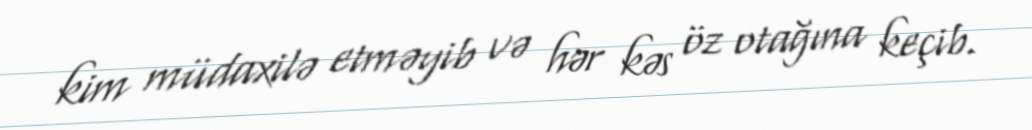
kim müdaxilə etməyib və hər kəs öz otağına keçib.